Cholera in southern India
Disease focus: Cholera
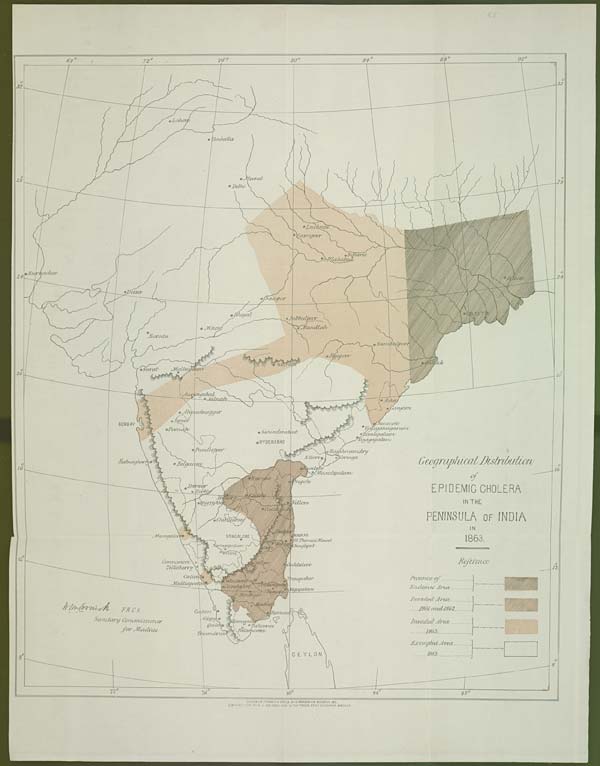
DRAWN ON TRANSFER PAPER BY. V. VARDARAJA MOODELY. 1871.
CROMO LITH: BY R.J. BALDREY GOVT. LITHO: PRESS FORT ST. GEORGE MADRAS.